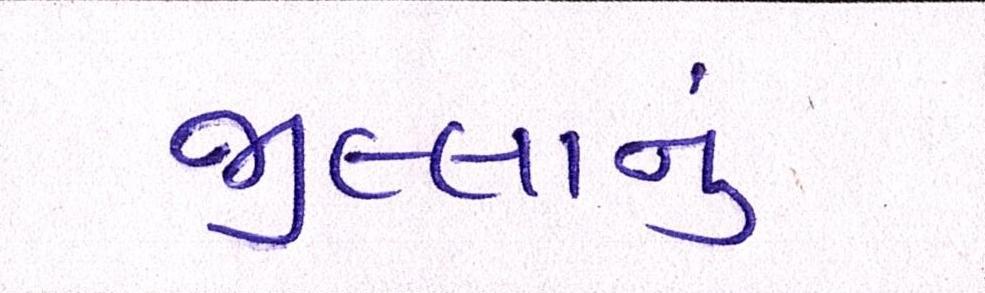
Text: જીલ્લાનું